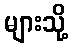
များသို့